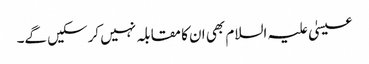
عیسیٰ علیہ السلام بھی ان کا مقابلہ نہیں کرسکیں گے۔